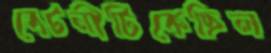
বেটনীটিকেছিল